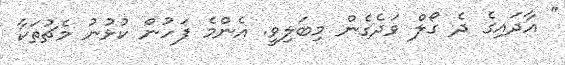
" އާދައިގެ ދެ ގޯލް ވަދެގެން މިބަލިވީ. އެންމެ ފަހުން ކުޅުނު މެޗުތަކާ